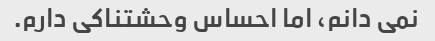
نمی دانم، اما احساس وحشتناکی دارم.